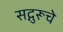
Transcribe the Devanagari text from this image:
सद्गुरूचे